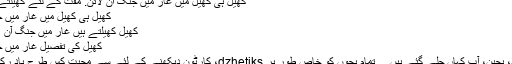
کھیل ہی کھیل میں غار میں جنگ آن لائن. مفت کے لئے کھیلتے ہیں
کھیل ہی کھیل میں غار میں جنگ
کھیل کھیلتے ہیں غار میں جنگ آن لائن:
کھیل کی تفصیل غار میں جنگ
بچپن، بچپن، آپ کہاں چلے گئے ہیں ... تمام بچوں کو خاص طور پر dzhetiks، کارٹون دیکھنے کے لئے سے محبت کس طرح یاد رکھیں؟